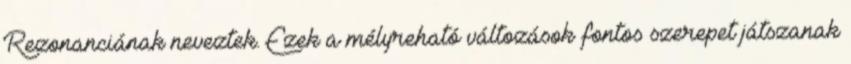
Rezonanciának neveztek. Ezek a mélyreható változások fontos szerepet játszanak